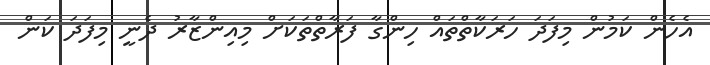
އެހެން ކަމުން މިފަދަ ހަރަކާތްތައް ހިންގާ ފަރާތްތަކަށް މިއިންޒާރު ދެނީ މިފަދަ ކަން